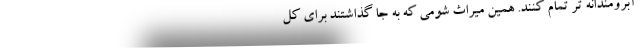
آبرومندانه تر تمام کنند. همین میراث شومی که به جا گذاشتند برای کل